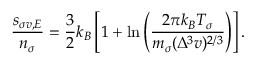
\frac { s _ { \sigma v , { \cal E } } } { n _ { \sigma } } = \frac { 3 } { 2 } k _ { B } \left[ 1 + \ln \left( \frac { 2 \pi k _ { B } { \cal T } _ { \sigma } } { m _ { \sigma } ( \Delta ^ { 3 } v ) ^ { 2 / 3 } } \right) \right] .